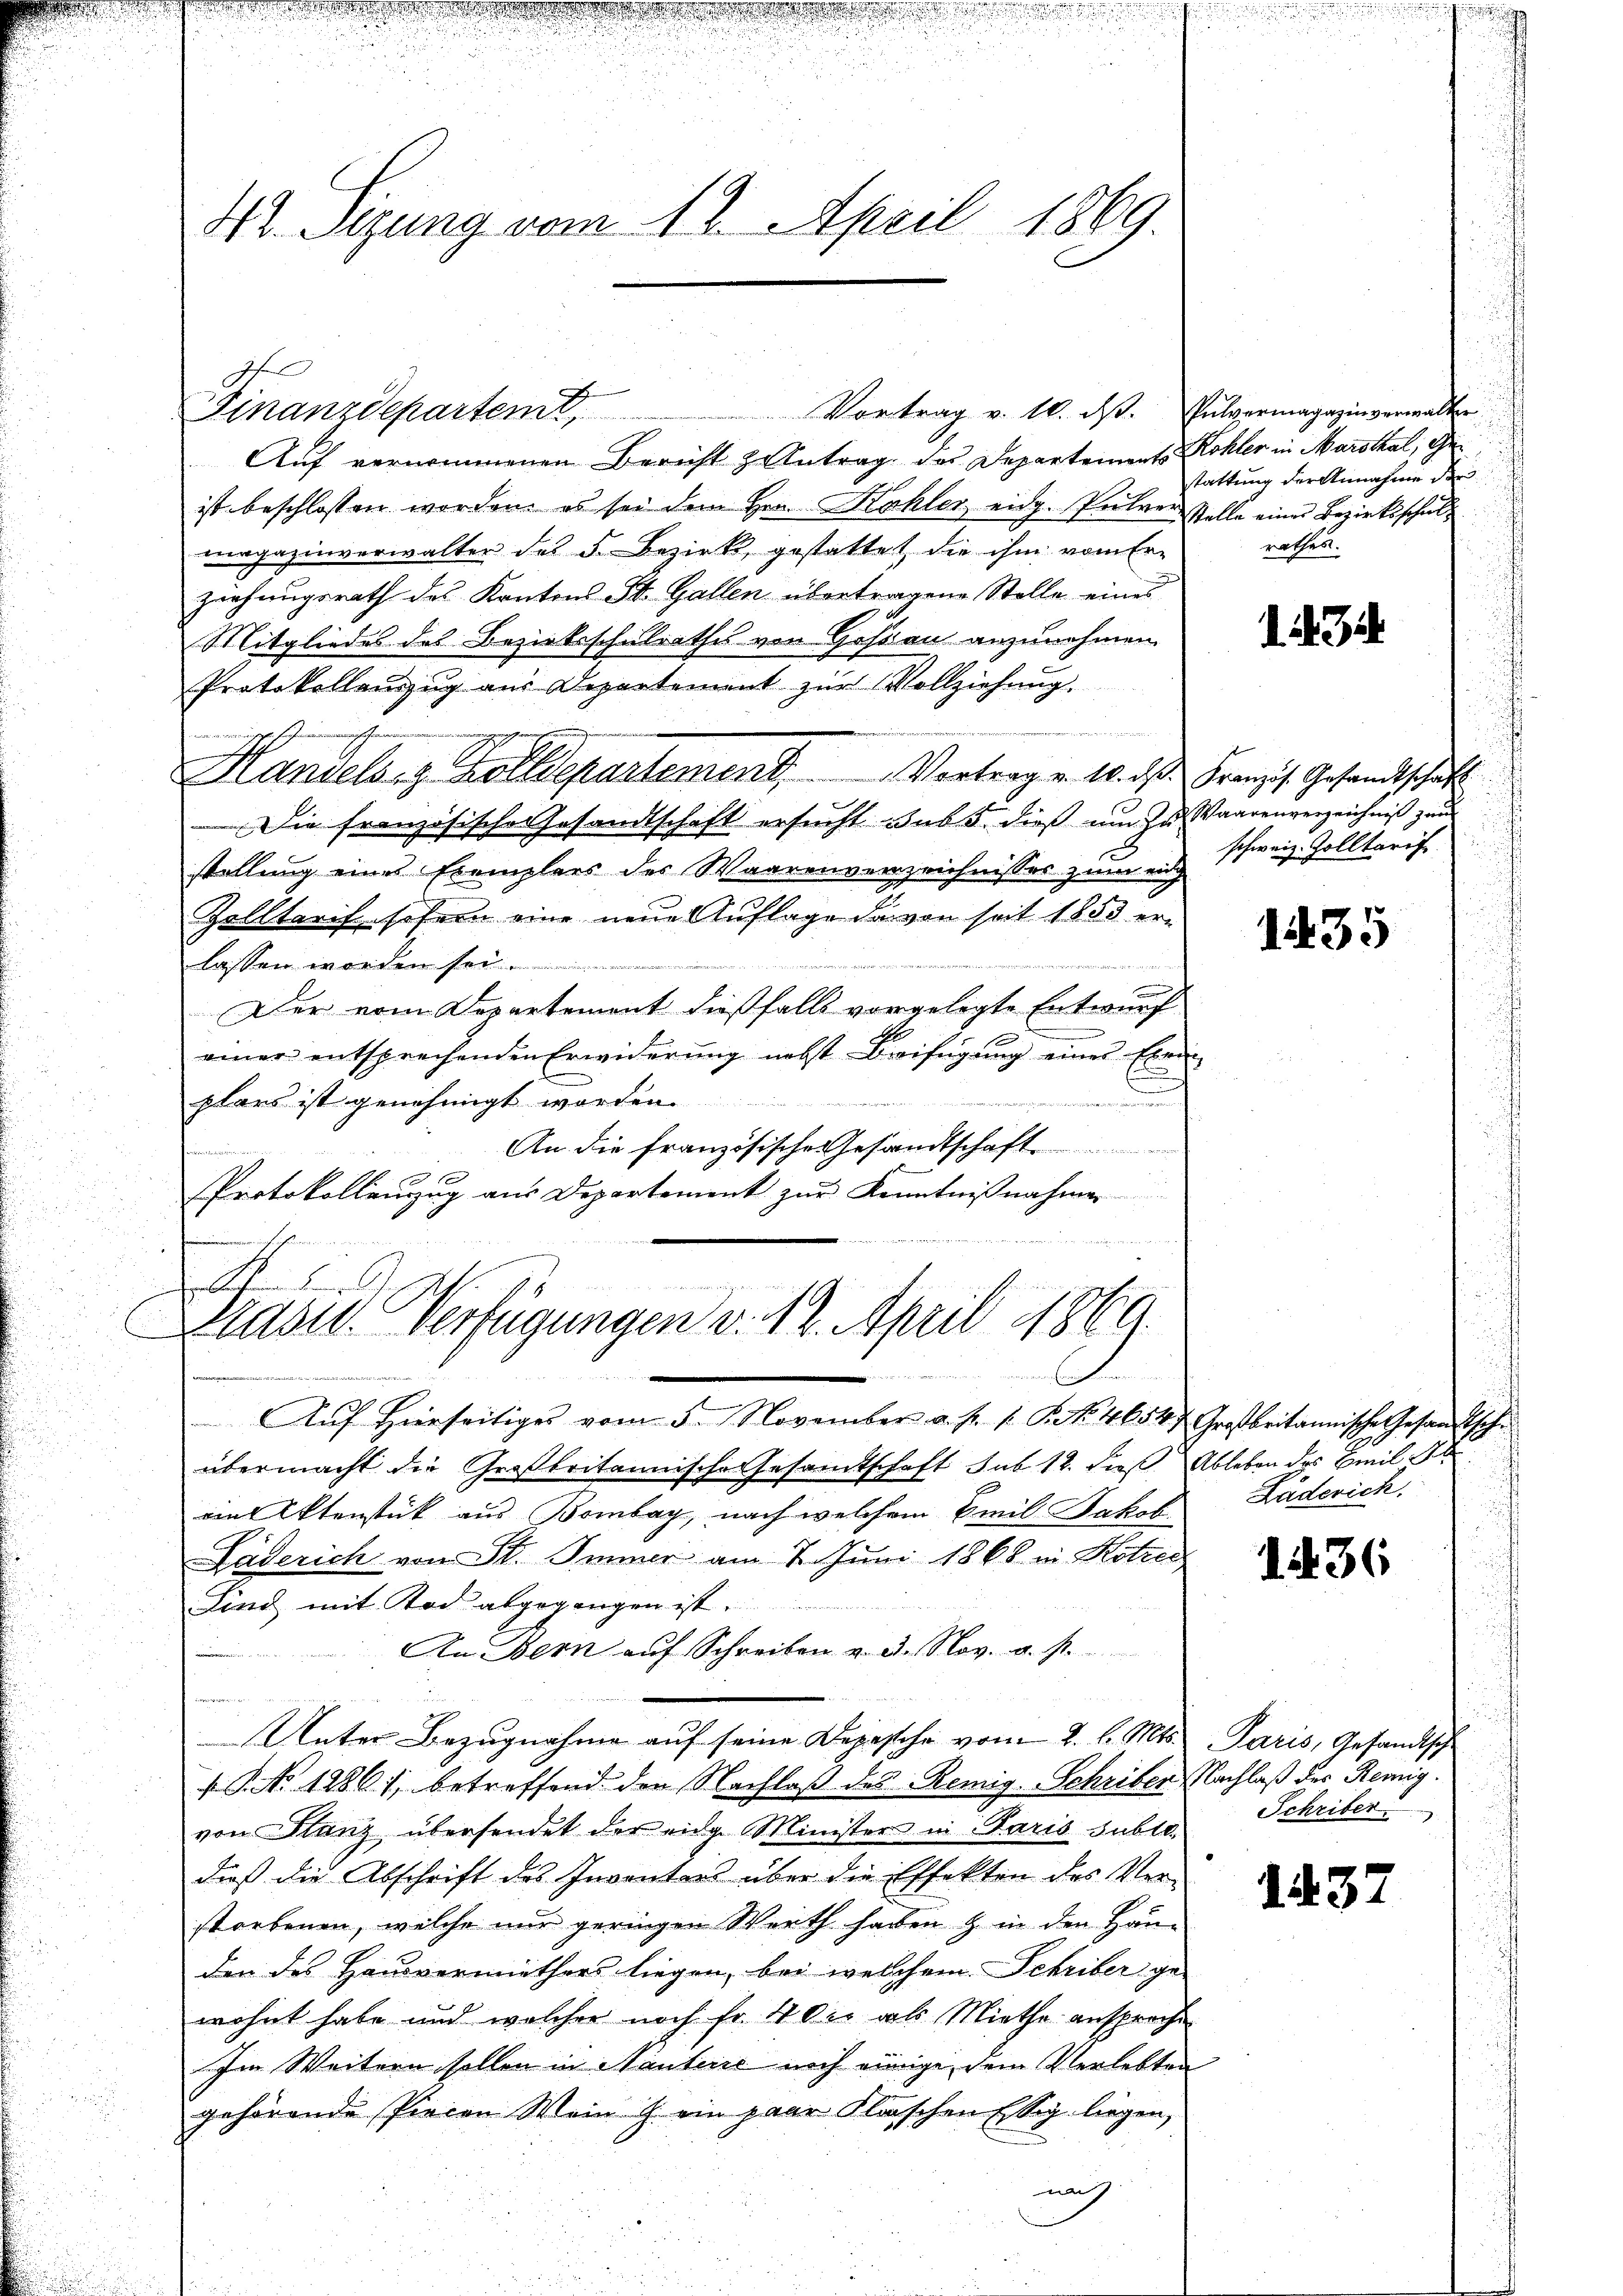
42. Sizung vom 12. April 1869.

Finanzdepartemt,

Auf vernommenen Bericht zentrag der Departement Kohler in Marthal, Geist beschlossen worden, es sei dem Hrn. Kohler eidg. Peitverstelle eines Bezirksschul
migazinverwalter des F. Bezirk, gestattet, die ihm vom Er-
ziehungsrath des Kantons St. Gallen übertragene Stelle eines
Mitgliedes des Bezirksschulrathes von Goßau anzunehmen.
Protokollenzzug aus Departement zŭr Vollziehung.
.
J.
Handels- & Zolldepartement. Vortrag v. M. dβ. Französ. Gesandtschaft
Die französische Gesandtschaft ersucht sub 5. dieß um zu Waarenverzeichniß zum
stellung eines Exemplers des Waarenverzeichnisses zum ein schweiz. Zolltarif
Zolltarif sofern eine neue Auflage darvon seit 1853 erlassen worden sei.
Der vom Departement dießfalls vorgelegte Entwurf
einer entsprechenden Erwiderung nebst Beifügung eines Exem
u
plars ist genehmigt worden.
n
An die französische Gesandtschaft
0 x
Protokollenzug aus Departement zur Kenntnißnahmen
Aŭf Hierseitiges vom 5. November a. s. f. P. No. 4654 Großbritannische Gesandtsche
übermacht die Großbritannische Gesamtschaft sub 12. dieß Ableben des Emil
amt Utenstück aus Bombar, nach welchem Emil Jakob
Läderich von St. Immer am 7. Juni 1868 in Kotier
Lind mit Tod abgegangen ist.
An Bern aŭf Schreiben v. 3. Nov. a. p.
Unter Bezugnahme auf seine Depesche vom 2. l. Mts.
 NNo. 12861, betreffend den Nachlaß des Remig. Schriber, Nachlaß der Remigvon Stanz übersendet der eidg. Minister in Paris subte,
dieß die Abschrift des Inventars über die Effekten des Ver-
storbenen, welche nur geringen Werth haben & in den Handen des Hausvermiethers liegen, bei welchem Schriber ge-
wohnt habe und welcher noch fr. 4 die als Miethe ansproche
Im Weitern sollen in Nantere noch einige, dem Verlebten
gehörende Piecen Wein J. ein paar Klaischen Essig liegen,
nach

.

Vortrag v. 10. ds. Pulvermagazinverwalter

s
Blase Verfügungen v. 12. April 1869.

stattung der Annahme der
nathes.

1. 34

1435

Luderich.

1436

Paris, Gesandtsch
Schriber

137